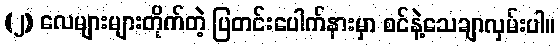
(၂) လေများများတိုက်တဲ့ ပြတင်းပေါက်နားမှာ စင်နဲ့သေချာလှမ်းပါ။